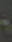
-